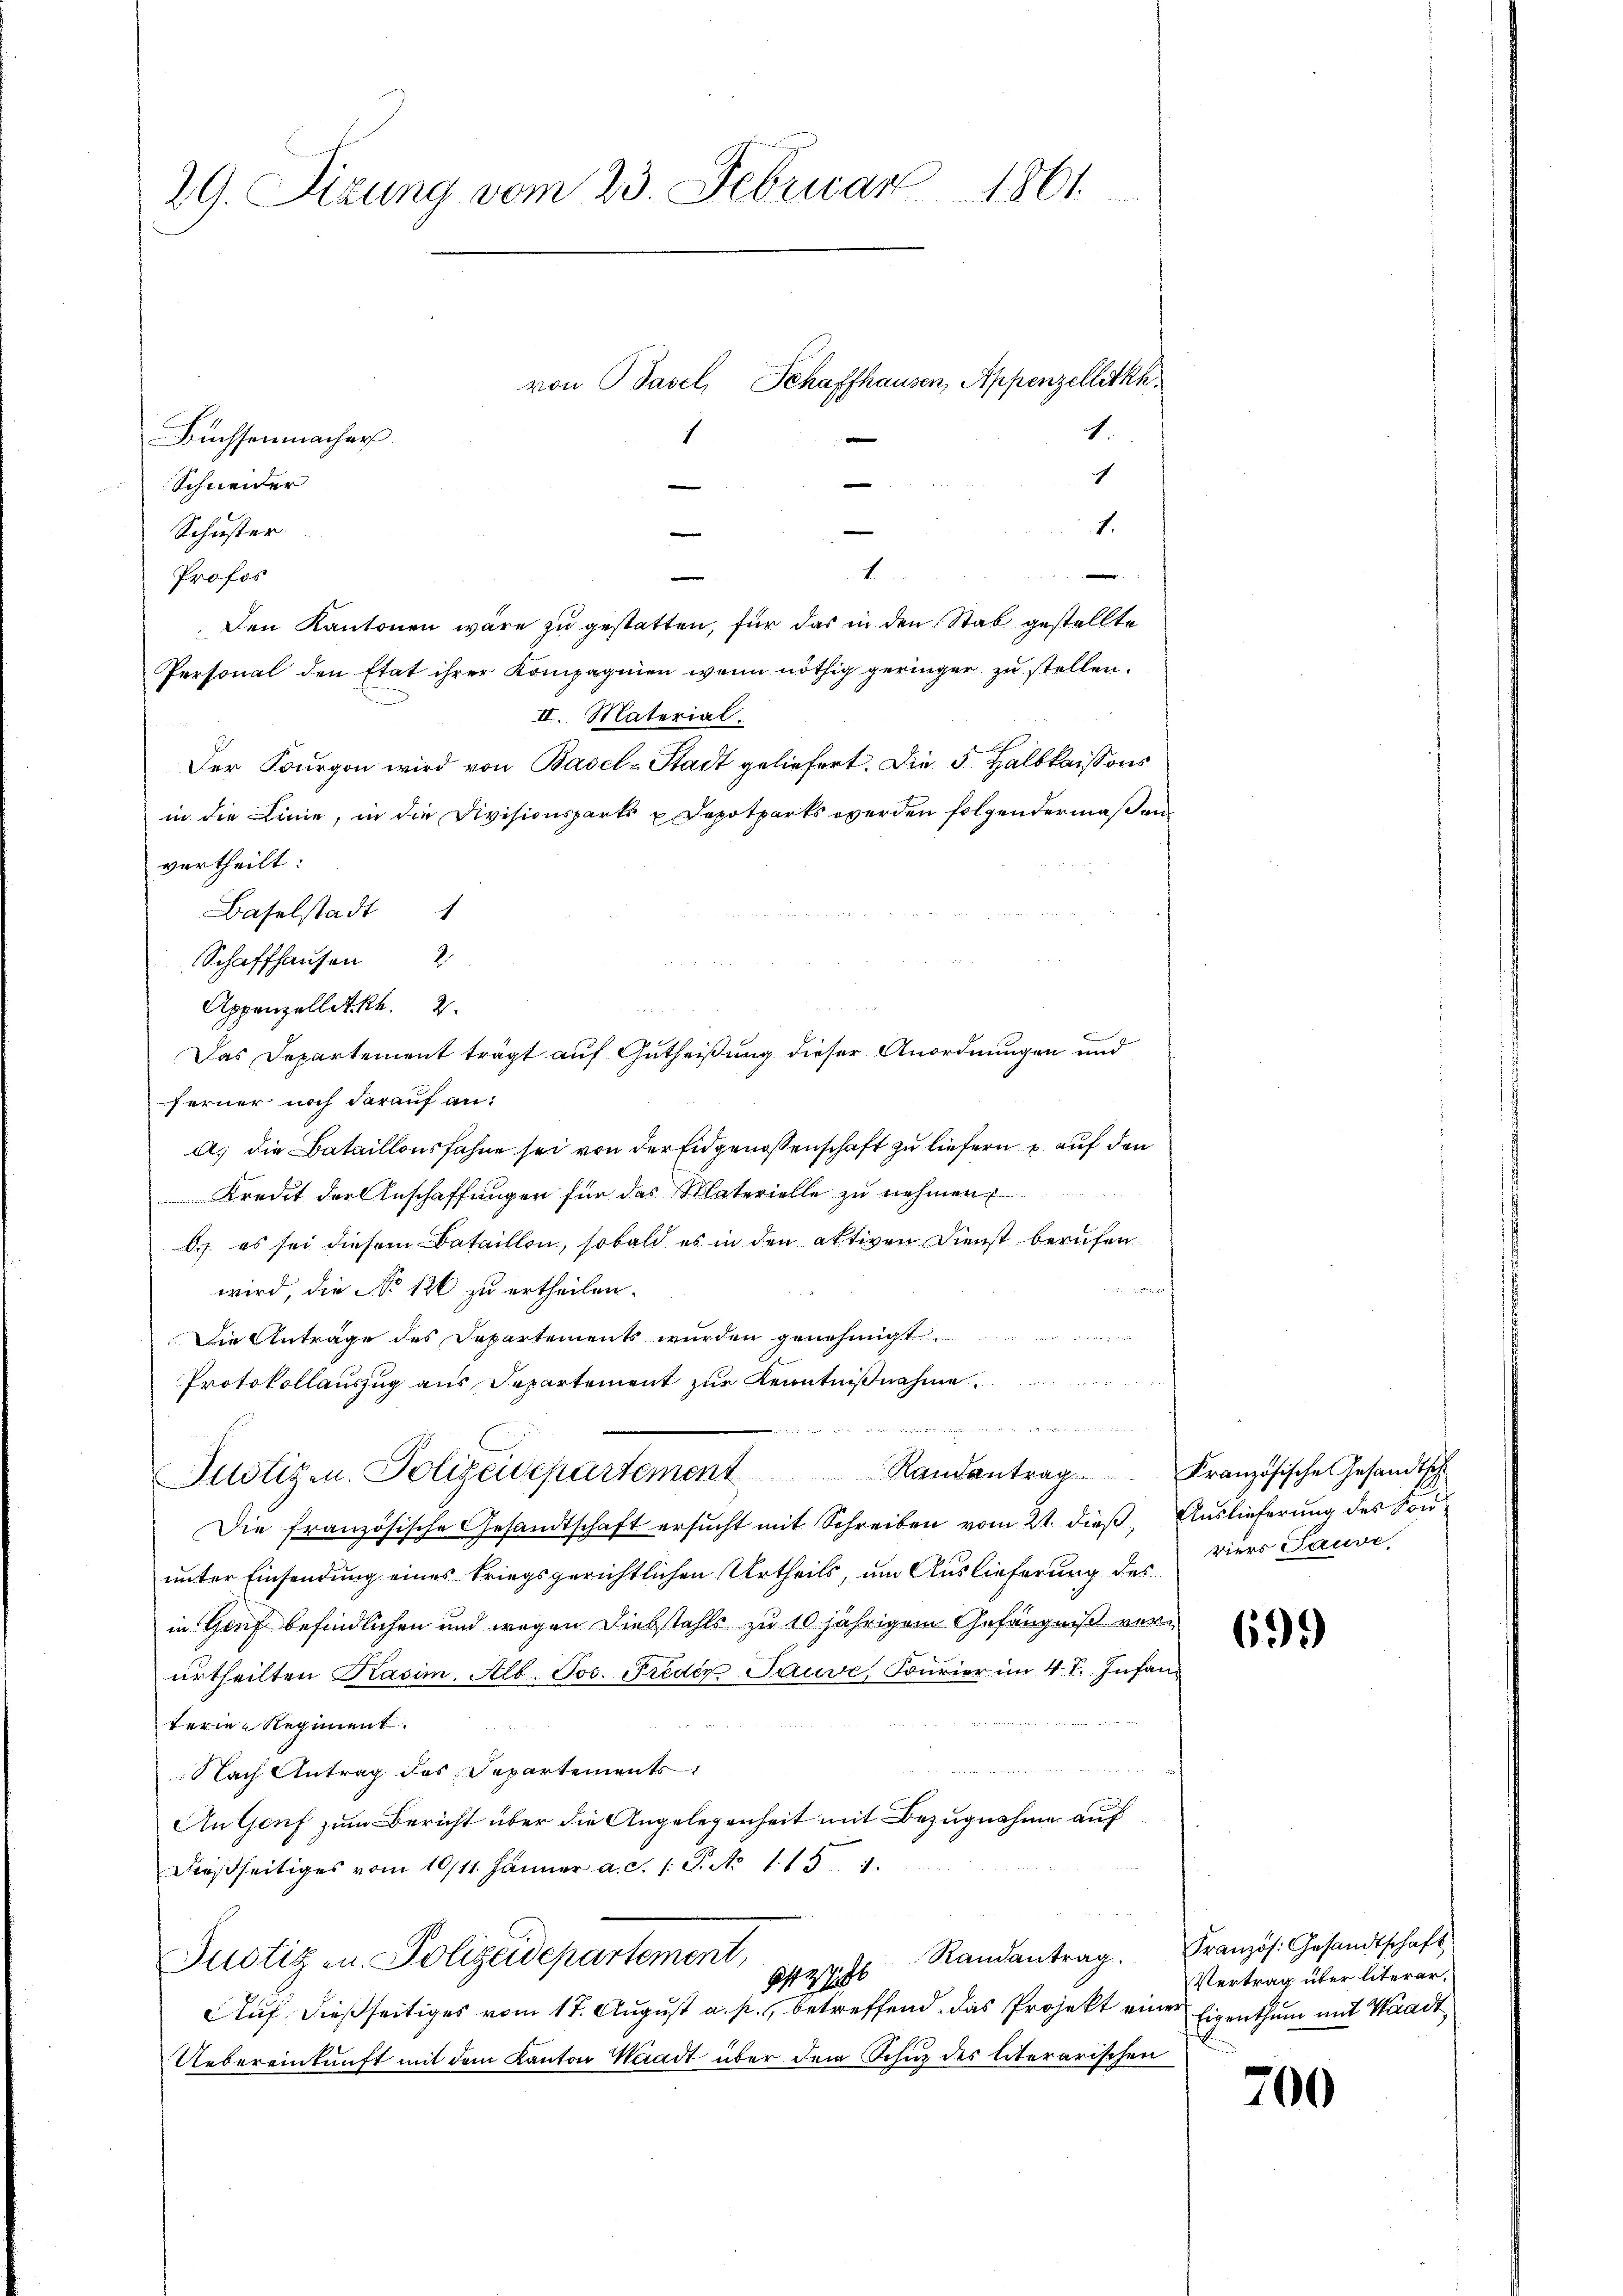
29. Sizung vom 23. Februar 1861.

1.
Buchsenmacher
h
Schneider
1.
Schuster
.

Profos
Den Kantonen wäre zu gestatten, für das in den Stab gestellte
Personal den Etat ihrer Kompagnien wenn nöthig geringer zu stellen.
II. Material.
Der Bourgon wird von Basel-Stadt geliefert. Die 5 Halbkaissons
in die Linie, in die Divisionsparts u Depotparts werden folgendermaßen
vertheilt:
Schaffhausen 2
u
Appenzellet R. 2.
ferner noch darauf ana) die Bataillonsfahne sei von der Eidgenossenschaft zu liefern p. auf den
Kredit der Anschaffungen für das Materielle zu nehmen
A.). es sei diesem Bataillon, sobald es in den aktiven Dienst berufen
wurf
wird, die No 126 zu ertheilen.
Die Anträge des Departements wurden genehmigt.
Protokollauszug aus Departement zur Kenntnißnahme
 stete sei der sehen und die sie werden wir und an die in die
Justizen. Polizeidepartement Randantrag. Französische Gesandtsch
Die französische Gesandtschaft ersucht mit Schreiben vom 21. dieß, Auslieferung des Konunter Einsendung eines kriegsgerichtlichen Urtheils, um Auslieferung des
in Genf befindlichen und wegen Diebstahls zu 10 jährigem Gefängniß vorurtheilten Kasim. Alb. Jos. Freder Pauve, Burier im 4 t. Infan
terie-Regiment.
 lach Antrag des Departements
An Genf zum Bericht über die Angelegenheit mit Bezugnahme auf
dießseitiges vom 10/11. Jänner a. c. 1 S. No 115. 1.
Justiz- u. Polizeidepartement,
Gstisch Randantrag.
Auf dießseitiges vom 17. August a. p. betreffend. Das Projekt einer Eigenthum mit Waadt
Uebereinkunft mit dem Kanton Waadt über dem Schuz des literarischen

von Basel, Schaffhausen, Appenzelletkh.
1
e

Baselstadt 1

1

Das Departement trägt auf Gutheißung dieser Anordnungen und

viers Tauve

699

Französ. Gesandtschaft
Vertrag über literer,

700